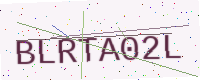
Text: BLRTA02L